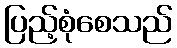
ပြည့်စုံစေသည်